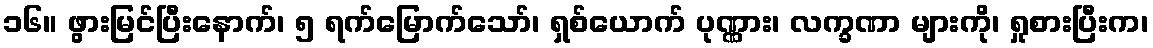
၁၆။ ဖွားမြင်ပြီးနောက်၊ ၅ ရက်မြောက်သော်၊ ရှစ်ယောက် ပုဏ္ဏား၊ လက္ခဏာ များကို၊ ရှုစားပြီးက၊